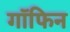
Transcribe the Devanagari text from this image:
गॉफिन